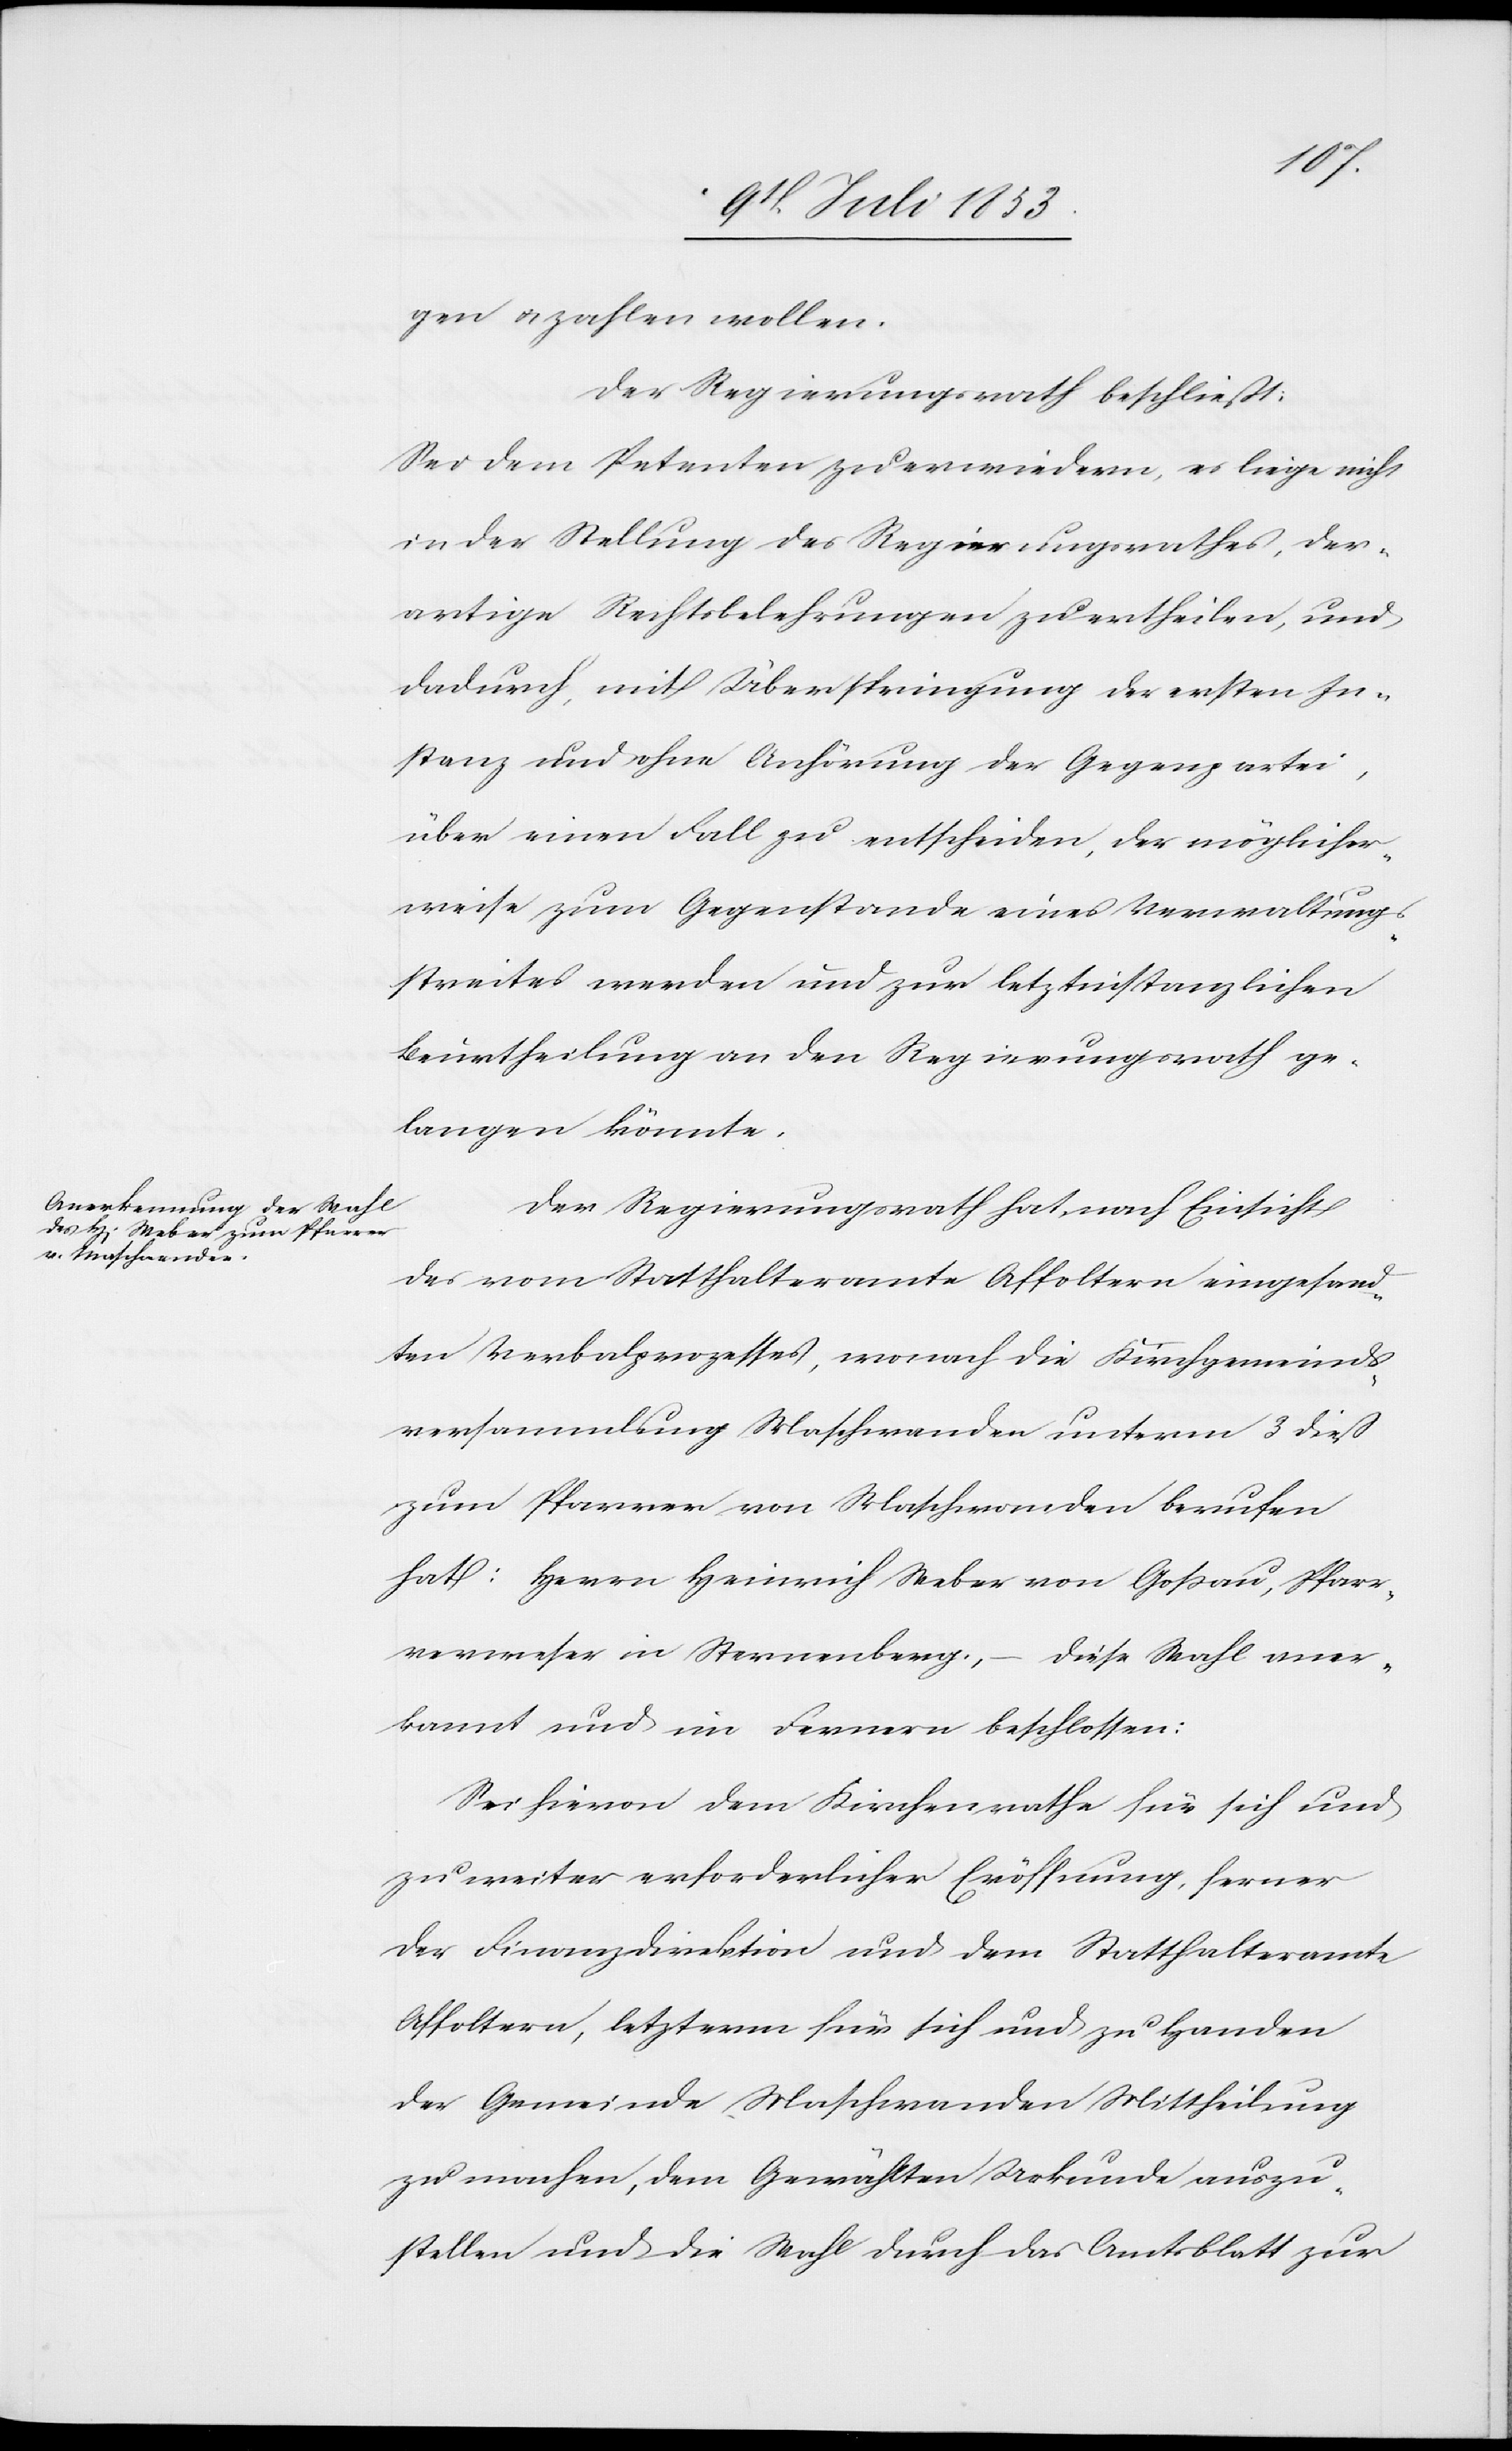
gen u. zahlen wollen.
Der Regierungsrath beschließt:
Sei dem Petenten zu erwiedern, es liege nicht
in der Stellung des Regierungsrathes, der¬
artige Rechtsbelehrungen zu ertheilen, und
dadurch, mit Überspringung der ersten In¬
stanz und ohne Anhörung der Gegenpartei,
über einen Fall zu entscheiden, der möglicher¬
weise zum Gegenstande eines Verwaltungs¬
streites werden und zur letztinstanzlichen
Beurtheilung an den Regierungsrath ge¬
langen könnte.
Der Regierungsrath hat nach Einsicht
des vom Statthalteramte Affoltern eingesand¬
ten Verbalprozesses, wonach die Kirchgemeinds¬
versammlung Maschwanden unterm 3 dieß
zum Pfarrer von Maschwanden berufen
hat: Herr Heinrich Weber von Goßau, Pfarr¬
verweser in Sternenberg,
diese Wahl aner¬
kannt und im Fernern beschlossen:
Sei hievon dem Kirchenrathe für sich und
zu weiterer erforderlicher Eröffnung, ferner
der Finanzdirektion und dem Statthalteramte
Affoltern, letzterm für sich und zu Handen
der Gemeinde Maschwanden Mittheilung
zu machen, dem Gewählten Urkunde auszu¬
stellen und die Wahl durch das Amtsblatt zur